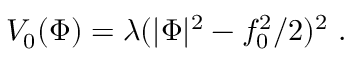
V _ { 0 } ( \Phi ) = \lambda ( | \Phi | ^ { 2 } - f _ { 0 } ^ { 2 } / 2 ) ^ { 2 } \ .